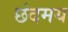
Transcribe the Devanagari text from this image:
छंदमय